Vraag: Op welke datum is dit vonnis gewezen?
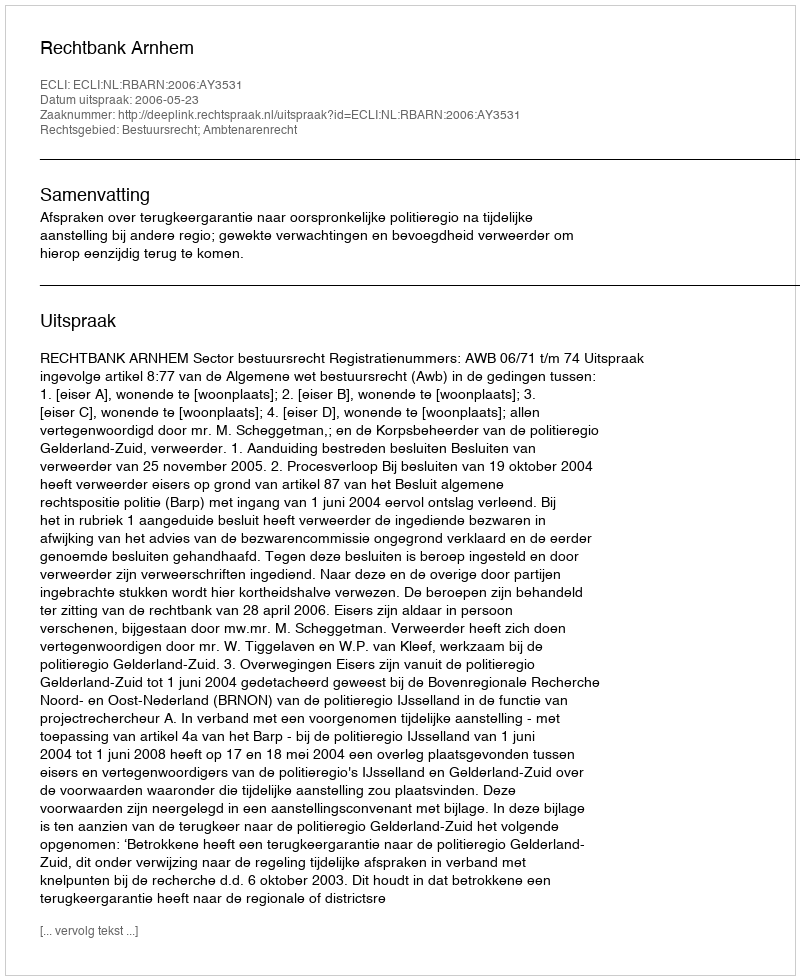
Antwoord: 2006-05-23